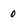
Character: 0